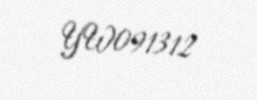
YW091312